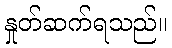
နှုတ်ဆက်ရသည်။